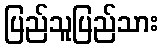
ပြည်သူပြည်သား